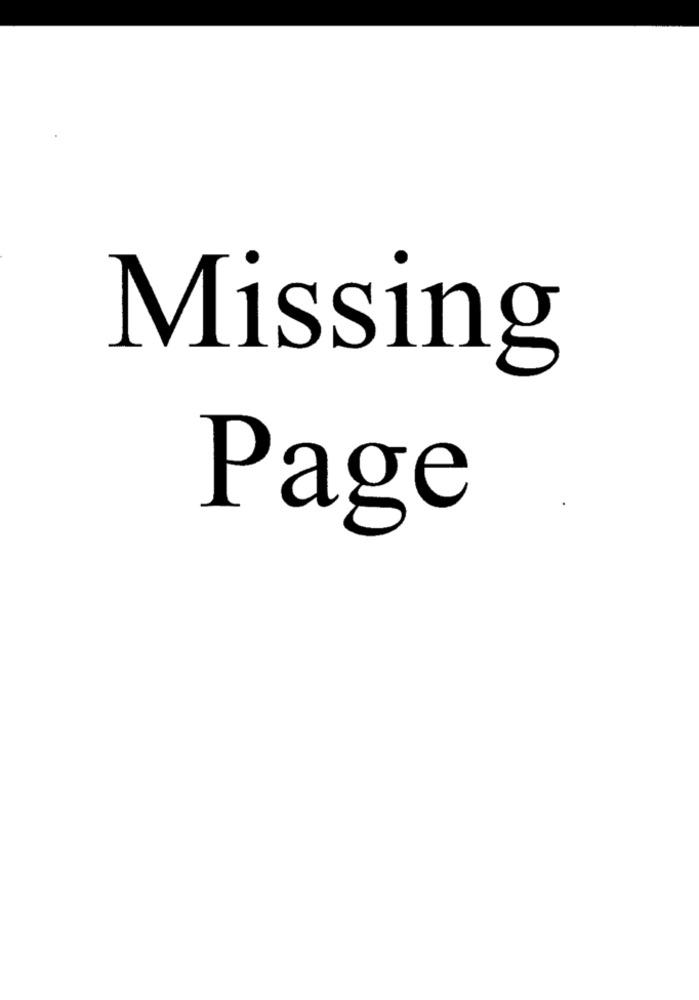
Missing
Page